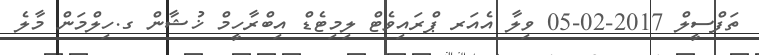
ތަފްސީލް 2017-02-05 ވިލާ އެއަރ ޕްރައިވެޓް ލިމިޓެޑް އިބްރާހީމް ޚުޝާން ގ.ހިލްމަން މާލެ